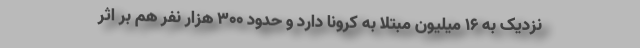
نزدیک به ۱۶ میلیون مبتلا به کرونا دارد و حدود ۳۰۰ هزار نفر هم بر اثر